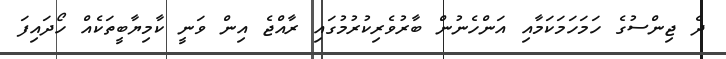
ދެ ޖިންސުގެ ހަމަހަމަކަމާއި އަންހެނުން ބާރުވެރިކުރުމުގައި ރާއްޖެ އިން ވަނީ ކާމިޔާބީތަކެއް ހޯދައިފަ